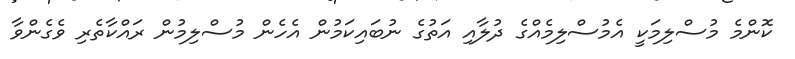
ކޮންމެ މުސްލިމަކީ އެމުސްލިމެއްގެ ދުލާއި އަތުގެ ނުބައިކަމުން އެހެން މުސްލިމުން ރައްކާތެރި ވެގެންވާ